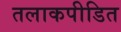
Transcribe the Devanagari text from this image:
तलाकपीडित